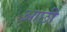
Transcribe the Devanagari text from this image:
आछी